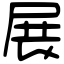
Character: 展